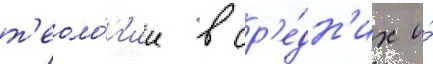
т'еоло́г'ии в ср'е́дн'их и́